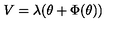
V = \lambda ( \theta + \Phi ( \theta ) )